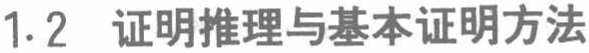
1.2 证明推理与基本证明方法